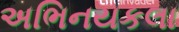
અભિનયકલા